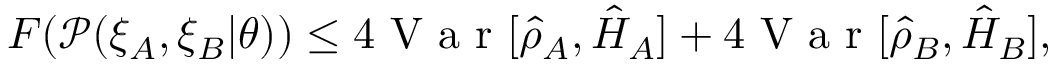
F ( \mathcal { P } ( \xi _ { A } , \xi _ { B } | \theta ) ) \leq 4 \mathrm { ~ V ~ a ~ r ~ } [ \hat { \rho } _ { A } , \hat { H } _ { A } ] + 4 \mathrm { ~ V ~ a ~ r ~ } [ \hat { \rho } _ { B } , \hat { H } _ { B } ] ,